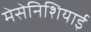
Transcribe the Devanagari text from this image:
मेसेनिशियाई